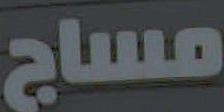
مساج